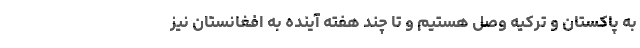
به پاکستان و ترکیه وصل هستیم و تا چند هفته آینده به افغانستان نیز